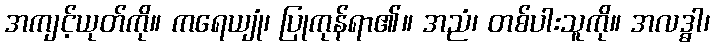
အကျင့်ယုတ်ကို။ ကရေယျုံ၊ ပြုကုန်ရာ၏။ အညံ၊ တစ်ပါးသူကို။ အလဒ္ဓါ၊